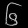
Digit: ၆